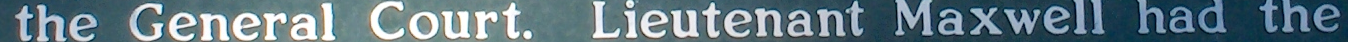
the General Court. Lieutenant Maxwell had the